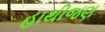
હાથીજણ